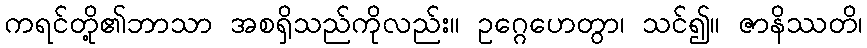
ကရင်တို့၏ဘာသာ အစရှိသည်ကိုလည်း။ ဥဂ္ဂေဟေတွာ၊ သင်၍။ ဇာနိဿတိ၊